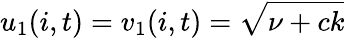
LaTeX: u_{1}(i,t)=v_{1}(i,t)=\sqrt{\nu+ck}